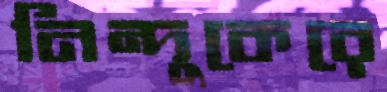
নিন্দুকেরে